Medical and sanitary report of the native army of Bengal for the year
Year: 1876
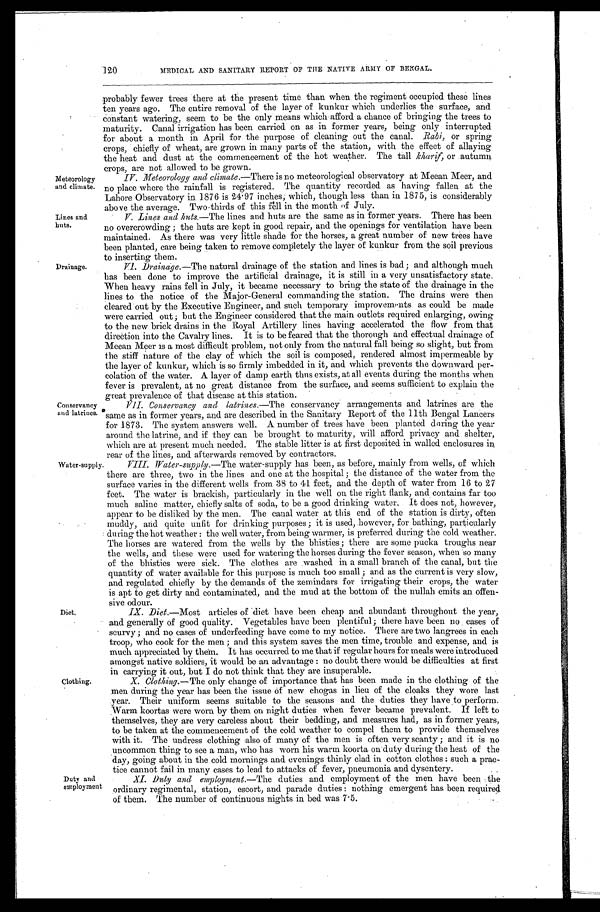
120
MEDICAL AND SANITARY REPORT OF THE NATIVE ARMY OF BENGAL.
Meteorology
and climate.
Lines and
huts.
Drainage.
Conservancy
and latrines
Water-supply
probably fewer trees there at the present time than when the regiment occupied these lines
ten years ago. The entire removal of the layer of kunkur which underlies the surface, and
constant watering, seem to be the only means which afford a chance of bringing the trees to
maturity. Canal irrigation has been carried on as in former years, being only interrupted
for about a month in April for the purpose of cleaning out the canal. Rabi, or spring
crops, chiefly of wheat, are grown in many parts of the station, with the effect of allaying
the heat and dust at the commencement of the hot weather. The tall kharif, or autumn
crops, are not allowed to be grown.
IV. Meteorology and climate. —There is no meteorological observatory at Meean Meer, and
no place where the rainfall is registered. The quantity recorded as having fallen at the
Lahore Observatory in 1876 is 24 . 97 inches; which, though less than in 1875, is considerably
above the average. Two thirds of this fell in the month of July.
V. Lines and huts. —The lines and huts are the same as in former years. There has been
no overcrowding ; the huts are kept in good repair, and the openings for ventilation have been
maintained. As there was very little shade for the horses, a great number of new trees have
been planted, care being taken to remove Completed the layer of kunkur from the soil previous
to inserting them.
VI. Drainage. —The natural drainage of the station and lines is bad; and although much
has been done to improve the artificial drainage, it is still in a very unsatisfactory state.
When heavy rains fell in July, it became necessary to bring the state of the drainage in the
lines to the notice of the Major-General commanding the station. The drains were then
cleared out by the Executive Engineer, and such temporary improvements as could be made
were carried out; but the Engineer considered that the main outlets required enlarging, owing
to the new brick drains in the Royal Artillery lines having accelerated the flow from that
direction into the Cavalry lines. It is to be feared that the thorough and effectual drainage of
Meean Meer is a most difficult problem, not only from the natural fall being so slight, but from
the stiff nature of the clay of which the soil is composed, rendered almost impermeable by
the layer of kunkur, which is so firmly imbedded in it, and which prevents the downward per--
colation of the water. A layer of damp earth thus exists, at all events during the months when
fever is prevalent, at no great distance from the surface, and seems sufficient to explain the
great prevalence of that disease at this station.
VII. Conservancy and latrines. —The conservancy arrangements and latrines are the
same as in former years, and are described in the Sanitary Report of the 11th Bengal Lancers
for 1873. The system answers well. A number of trees have been planted during the year
around the latrine, and if they can be brought to maturity, will afford privacy and shelter,
which are at present much needed. The stable litter is at first deposited in walled enclosures in
rear of the lines, and afterwards removed by contractors.
VIII. Water-supply.—The water-supply has been, as before, mainly from wells, of which
there are three, two in the lines and one at the hospital ; the distance of the water from the
surface varies in the different wells from 38 to 41 feet, and the depth of water from 16 to 27
feet. The water is brackish, particularly in the well on the right flank, and contains far too
much saline matter, chiefly salts of soda, to be a good drinking water. It does not, however,
appear to be disliked by the men. The canal water at this end of the station is dirty, often
muddy, arid quite unfit for drinking purposes ; it is used, however, for bathing, particularly
during the hot weather : the well water, from being warmer, is preferred during the cold weather.
The horses are watered from the wells by the bhisties ; there are some pucka troughs near
the wells, and these were used for watering the horses during the fever season, when so many
of the bhisties were sick. The clothes are washed in a small branch of the canal, but the
quantity of water available for this purpose is much too small ; and as the current is very slow,
and regulated chiefly by the demands of the zemindars for irrigating their crops, the water
is apt to get dirty and contaminated, and the mud at the bottom of the nullah emits an offend-
sive odour.
Diet.
Clothing.
Duty and
employment
IX.
Diet.—Most articles of diet have been cheap and abundant throughout the year,
and generally of good quality. Vegetables have been plentiful ; there have been no cases of
scurvy ; and no cases of underfeeding have come to my notice. There are two langrees in each
troop, who cook for the men ; and this system saves the men time, trouble and expense, and is
much appreciated by them. It has occurred to me that if regular hours for meals were introduced
amongst native soldiers, it would be an advantage : no doubt there would be difficulties at first
in carrying it out, but I do not think that they are insuperable.
X .
C l o t h l i n g .
— T h e
o n l y c h a n g e o f i m p o r t a n c e t h a t h a s b e e n m a d e i n t h e c l o t t i n g o f t h e
men duri ng t he year has been t he i ssue of new chogas i n l i eu of t he cl oaks t hey wore l ast
year. Their uniform seems suitable to the seasons and the duties they have to perform.
Warm koortas were worn by them on night duties when fever became prevalent. If left to
themselves, they are very careless about their bedding, and measures had, as in former years,
to be taken at the commencement of the cold weather to compel them to provide themselves
with it. The undress clothing also of many of the men is often very scanty ; and it is no
uncommon thing to see a man, who has worn his warm koorta on duty during the heat of the
day, going about in the cold mornings and evenings thinly clad in cotton clothes : such a prac--
tice cannot fail in many cases to lead to attacks of fever, pneumonia and dysentery.
X1. Duty and employment. —The duties and employment or the men have been the
ordinary regimental, station, escort, and parade duties : nothing emergent has been required
of them. The number of continuous nights in bed was 7.5.